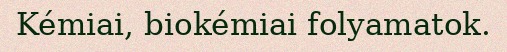
Kémiai, biokémiai folyamatok.